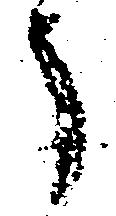
う